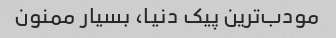
مودب‌ترین پیک دنیا، بسیار ممنون